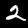
Digit: 2